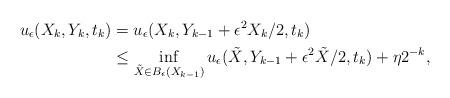
LaTeX: \begin{align*}u_\epsilon(X_k,Y_{k},t_{k})&=u_\epsilon(X_k,Y_{k-1}+ {\epsilon^2}X_{k}/2,t_{k})\\&\leq \inf_{\tilde X\in {B_\epsilon(X_{k-1})}} u_\epsilon(\tilde X,Y_{k-1}+ {\epsilon^2}\tilde X/2,t_k)+\eta 2^{-k},\end{align*}